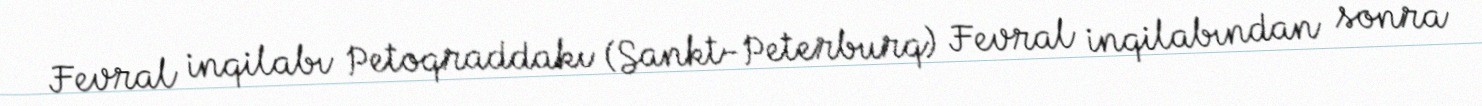
Fevral inqilabı Petoqraddakı (Sankt-Peterburq) Fevral inqilabından sonra